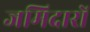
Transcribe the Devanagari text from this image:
जमिदारों